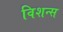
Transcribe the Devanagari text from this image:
विशन्स